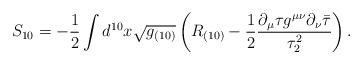
LaTeX: \begin{align*}S_{10}= -\frac 1 2\int d^{10}x \sqrt{g_{(10)}}\left( R_{(10)} -\frac 1 2 \frac {\partial_\mu\tau g^{\mu\nu}\partial_\nu{\bar \tau}}{\tau_2^2} \right).\end{align*}